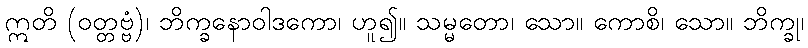
ဣတိ (ဝတ္တဗ္ဗံ)၊ ဘိက္ခနောဝါဒကော၊ ဟူ၍။ သမ္မတော၊ သော။ ကောစိ၊ သော။ ဘိက္ခု၊